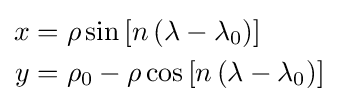
{\begin{aligned}x&=\rho \sin \left[n\left(\lambda -\lambda _{0}\right)\right]\\y&=\rho _{0}-\rho \cos \left[n\left(\lambda -\lambda _{0}\right)\right]\end{aligned}}